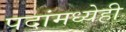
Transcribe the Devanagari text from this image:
पदांमध्येही